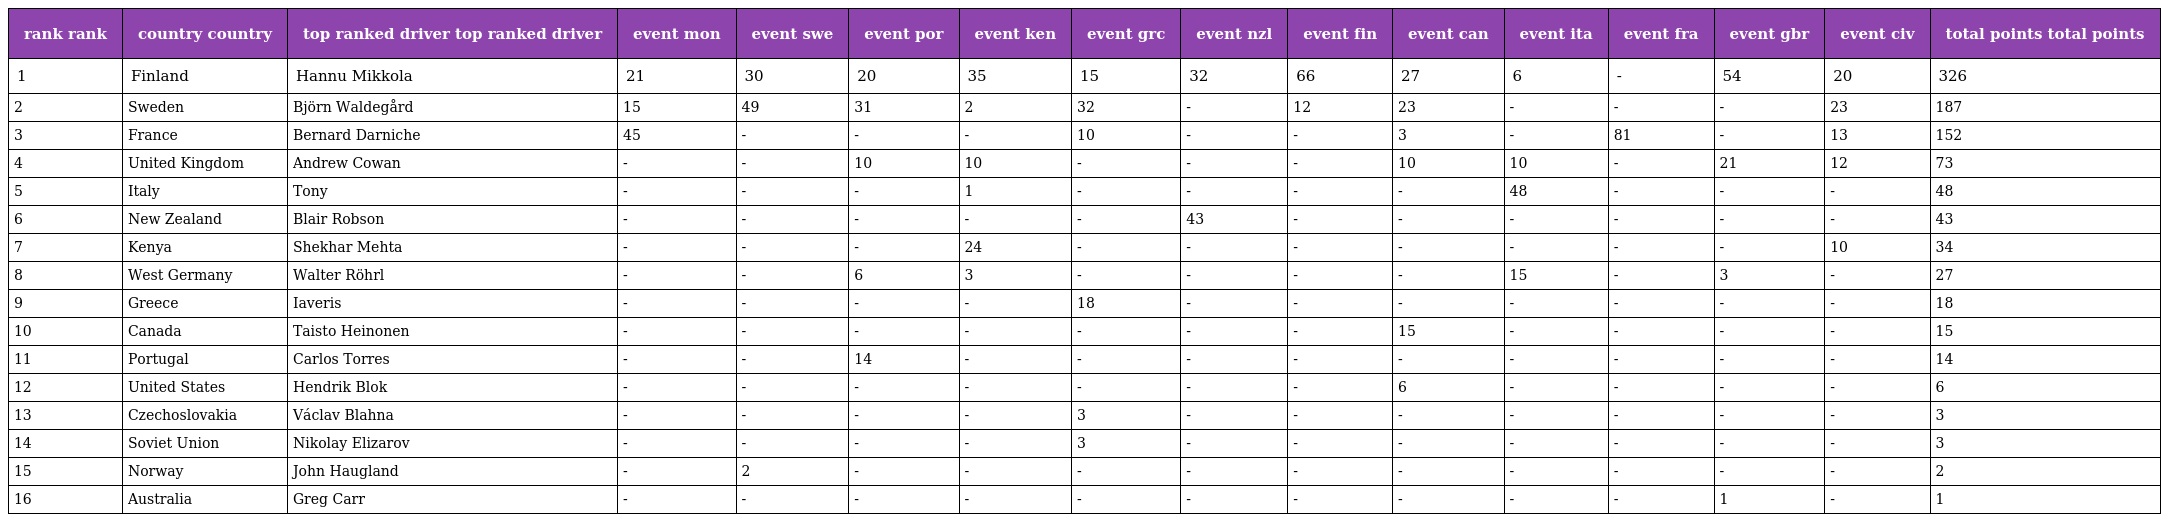
| rank rank | country country | top ranked driver top ranked driver | event mon | event swe | event por | event ken | event grc | event nzl | event fin | event can | event ita | event fra | event gbr | event civ | total points total points |
 | --- | --- | --- | --- | --- | --- | --- | --- | --- | --- | --- | --- | --- | --- | --- | --- |
 | 1 | Finland | Hannu Mikkola | 21 | 30 | 20 | 35 | 15 | 32 | 66 | 27 | 6 | - | 54 | 20 | 326 |
 | 2 | Sweden | Björn Waldegård | 15 | 49 | 31 | 2 | 32 | - | 12 | 23 | - | - | - | 23 | 187 |
 | 3 | France | Bernard Darniche | 45 | - | - | - | 10 | - | - | 3 | - | 81 | - | 13 | 152 |
 | 4 | United Kingdom | Andrew Cowan | - | - | 10 | 10 | - | - | - | 10 | 10 | - | 21 | 12 | 73 |
 | 5 | Italy | Tony | - | - | - | 1 | - | - | - | - | 48 | - | - | - | 48 |
 | 6 | New Zealand | Blair Robson | - | - | - | - | - | 43 | - | - | - | - | - | - | 43 |
 | 7 | Kenya | Shekhar Mehta | - | - | - | 24 | - | - | - | - | - | - | - | 10 | 34 |
 | 8 | West Germany | Walter Röhrl | - | - | 6 | 3 | - | - | - | - | 15 | - | 3 | - | 27 |
 | 9 | Greece | Iaveris | - | - | - | - | 18 | - | - | - | - | - | - | - | 18 |
 | 10 | Canada | Taisto Heinonen | - | - | - | - | - | - | - | 15 | - | - | - | - | 15 |
 | 11 | Portugal | Carlos Torres | - | - | 14 | - | - | - | - | - | - | - | - | - | 14 |
 | 12 | United States | Hendrik Blok | - | - | - | - | - | - | - | 6 | - | - | - | - | 6 |
 | 13 | Czechoslovakia | Václav Blahna | - | - | - | - | 3 | - | - | - | - | - | - | - | 3 |
 | 14 | Soviet Union | Nikolay Elizarov | - | - | - | - | 3 | - | - | - | - | - | - | - | 3 |
 | 15 | Norway | John Haugland | - | 2 | - | - | - | - | - | - | - | - | - | - | 2 |
 | 16 | Australia | Greg Carr | - | - | - | - | - | - | - | - | - | - | 1 | - | 1 |